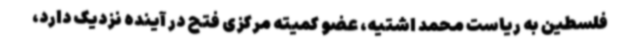
فلسطین به ریاست محمد اشتیه، عضو کمیته مرکزی فتح در آینده نزدیک دارد،